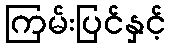
ကြမ်းပြင်နှင့်